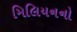
મિલિયનનો